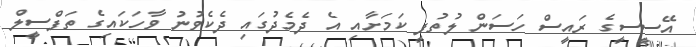
އޭސީސީގެ ރައީސް ހަސަން ލުތުފީ ކަމަށާއި އެ ދެމެދުގައި ދެކެވުނު ވާހަކައިގެ ތަފްސީލް